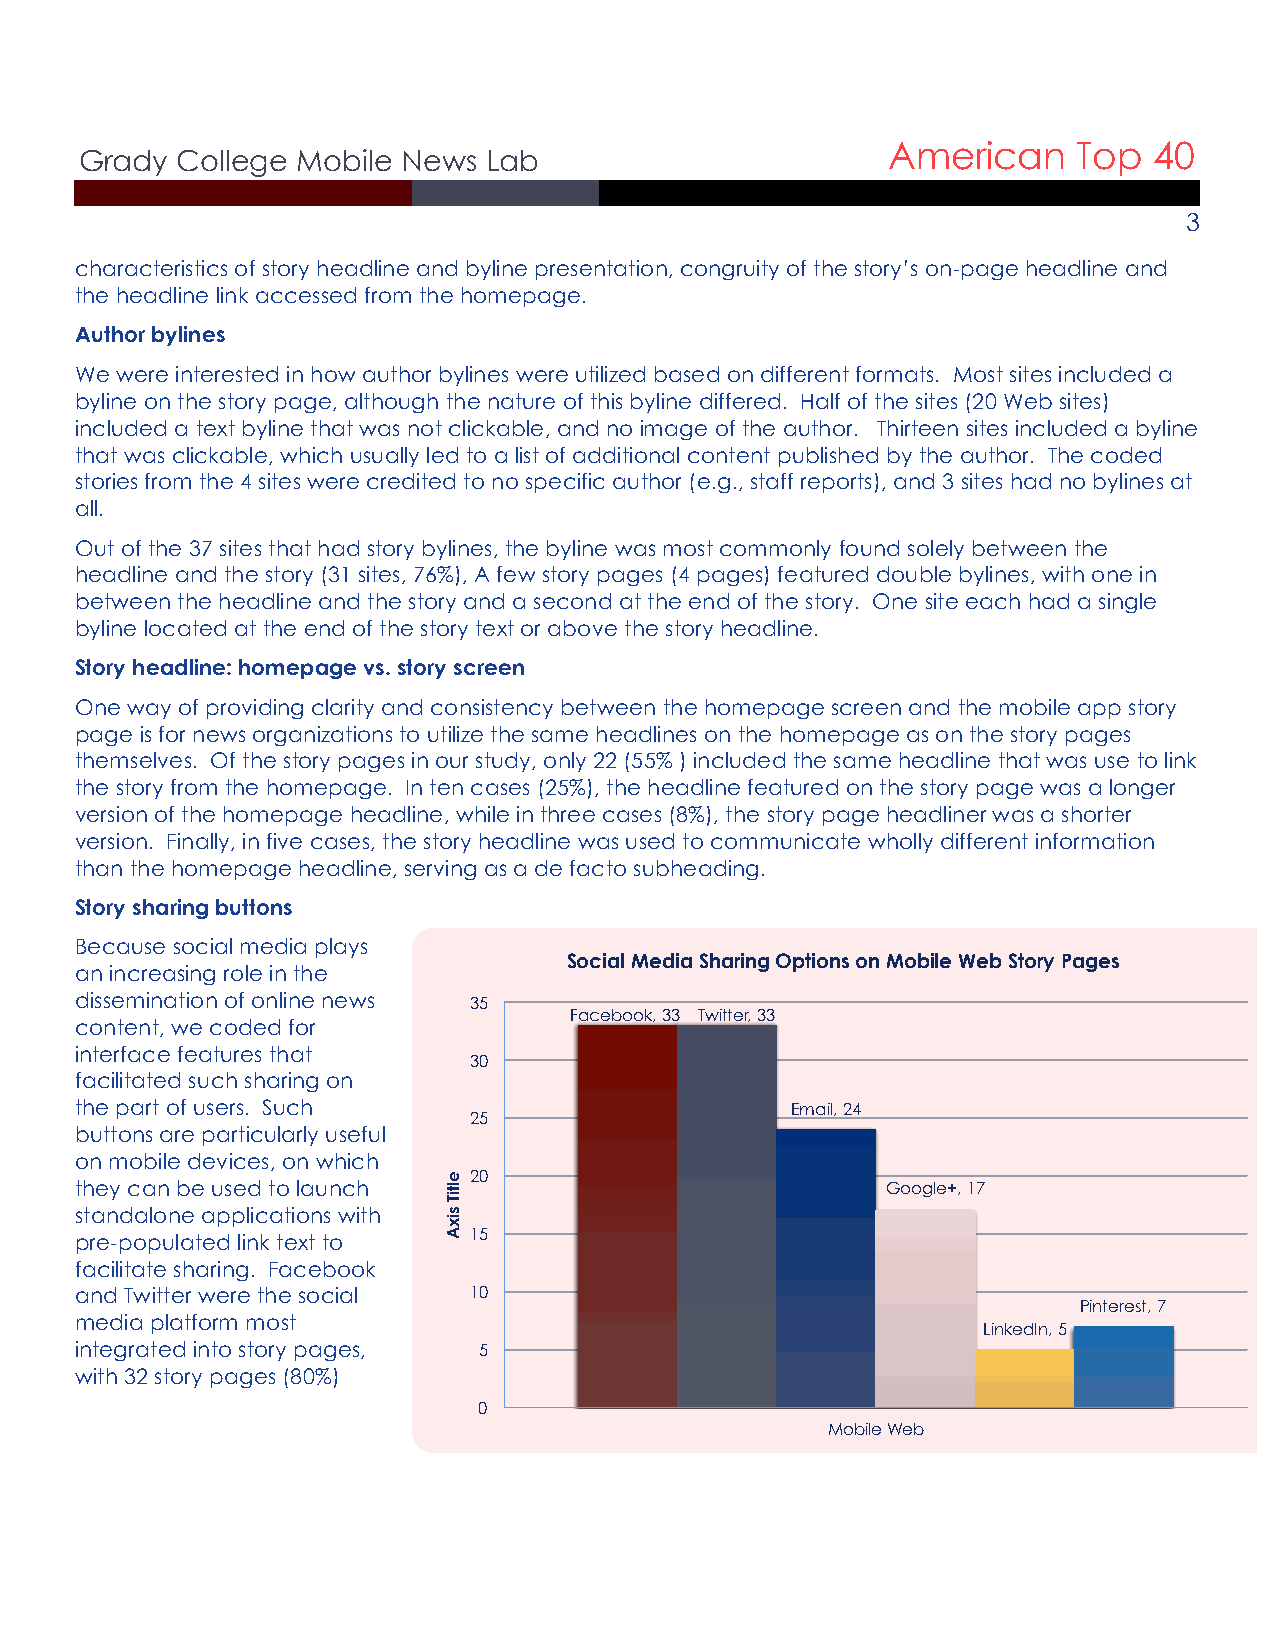
American    Top  40
 Grady  College Mobile News Lab
 3
 characteristics of story headline and byline presentation, congruity of the story’s on-page headline and
 the headline link accessed from the homepage.
 Author bylines
 We were interested in how author bylines were utilized based on different formats. Most sites included a
 byline on the story page, although the nature of this byline differed. Half of the sites (20 Web sites)
 included a text byline that was not clickable, and no image of the author. Thirteen sites included a byline
 that was clickable, which usually led to a list of additional content published by the author. The coded
 stories from the 4 sites were credited to no specific author (e.g., staff reports), and 3 sites had no bylines at
 all.
 Out of the 37 sites that had story bylines, the byline was most commonly found solely between the
 headline and the story (31 sites, 76%), A few story pages (4 pages) featured double bylines, with one in
 between the headline and the story and a second at the end of the story. One site each had a single
 byline located at the end of the story text or above the story headline.
 Story headline: homepage vs. story screen
 One way of providing clarity and consistency between the homepage screen and the mobile app story
 page is for news organizations to utilize the same headlines on the homepage as on the story pages
 themselves. Of the story pages in our study, only 22 (55% ) included the same headline that was use to link
 the story from the homepage. In ten cases (25%), the headline featured on the story page was a longer
 version of the homepage headline, while in three cases (8%), the story page headliner was a shorter
 version. Finally, in five cases, the story headline was used to communicate wholly different information
 than the homepage headline, serving as a de facto subheading.
 Story sharing buttons
 Because social media plays
 Social Media Sharing Options on Mobile Web Story Pages
 an increasing role in the
 dissemination of online news 35
 Facebook, 33 Twitter, 33
 content, we coded for
 interface features that
 30
 facilitated such sharing on
 the part of users. Such                        Email, 24
 25
 buttons are particularly useful
 on mobile devices, on which
 20
 they can be used to launch                            Google+, 17
 standalone applications with
 pre-populated link text to 15
 facilitate sharing. Facebook
 and Twitter were the social 10
 Pinterest, 7
 media platform most
 LinkedIn, 5
 integrated into story pages, 5
 with 32 story pages (80%)
 0
 Mobile Web
 eltiT
 sixA